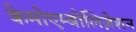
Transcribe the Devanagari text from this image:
केमोएम्बोलिज़ेशन